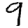
Digit: 9